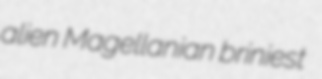
alien Magellanian briniest